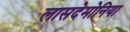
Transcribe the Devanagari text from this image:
लासदेमोनिया